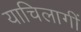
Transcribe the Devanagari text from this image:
याचिलागीं